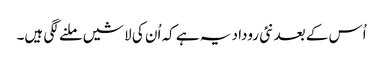
اُس کے بعد نئی روداد یہ ہے کہ اُن کی لاشیں ملنے لگی ہیں۔